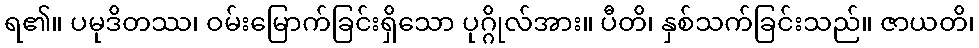
ရ၏။ ပမုဒိတဿ၊ ဝမ်းမြောက်ခြင်းရှိသော ပုဂ္ဂိုလ်အား။ ပီတိ၊ နှစ်သက်ခြင်းသည်။ ဇာယတိ၊